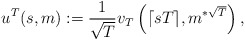
\begin{align*}u^T(s,m):=\frac{1}{\sqrt{T}} v_T\left({\lceil sT \rceil}, m^{*\sqrt{T}} \right),\end{align*}